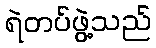
ရဲတပ်ဖွဲ့သည်